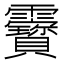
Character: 靌